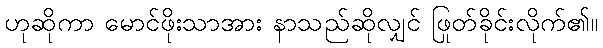
ဟုဆိုကာ မောင်ဖိုးသာအား နာသည်ဆိုလျှင် ဖြုတ်ခိုင်းလိုက်၏။